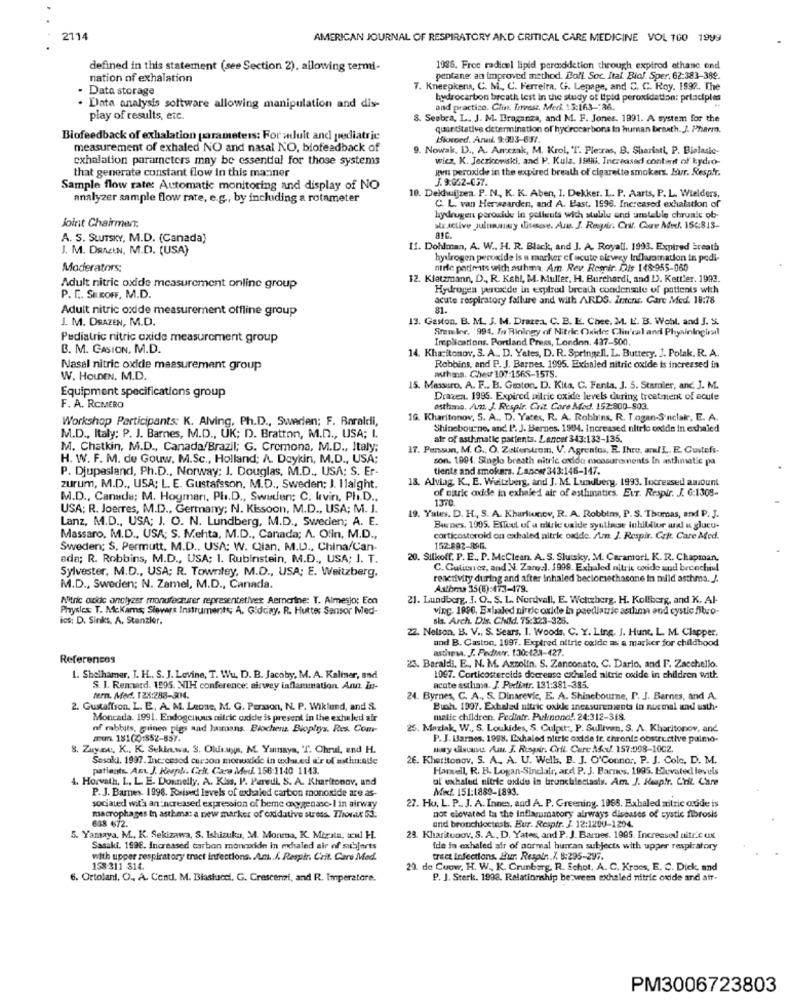
2714
AMERICAN JOURNAL OF RESPIRATORY AND CRITICAL CARE MEDICINE VOL 100 1999
defined in this statement (see Section 2), allowing termi-
1986. Free radical lipid pereddetion through expired ethane end
nation of exhalation
pentane: an improved method. Boll. Soc. Ital. Biol. Sper, 62-383-389.
Data storage
7. Kneegkens, C. M ., C. Ferreira, G. Lepage, and C. C. Roy. 1992. The
hydrocarbon breath test in the study of Upid peroxidation: prtaciples
· Data analysis software allowing manipulation and dis-
and practice. Clin. Invest. Meri. 13:163 -: 86.
play of results, etc.
. Seebra, L. J. M. Braganza, and M. F. Jones. 1991. A system for the
quantitative determination of hydrocarbons in human branth. J. Pharm.
Biofeedback of exhalation parameters: For adult and pediatric
Bioveed. Anul 9:393-637.
measurement of exhaled NO and nasal NO, biofeedback of
. Nowak, D ., A. Amczak, M. Krol, T. Plecras, B. Shariatt, P. Blalasic-
exhalation parameters may be essential for those systems
wicz, K. Jeczkowski, and P. Kula. 1996. Increased content of kydro-
that generate constant flow in this manner
gen: peroxide in the expired breath of cigarette smokers. Hur. Respir.
F. 9:052-037.
Sample flow rate: Automatic monitoring and display of NO
analyzer sample flow rate, e.g ., by including a rotameter
10. Delhuijzen. P. N. K. K. Aben, I. Dekker. L. P. Aarts, P. L. Wielders.
C. L. van Herwaarden, and A. L'ast. 1596. Increased exhalation of
hydrogen peroxide in pellents wich stublu and umtable chruatt ob-
Joint Chairmen.
xx .active julunakry disesse. An. J. Rouir. Crf. Cure Mr. 156:813-
A. S. SLUTSKY, M.D. (Canada)
J. M. DRAIN, M.D. (USA)
11. Dohlman, A. W .. H. R. Black, and J. A. Royall. 1993. Expired breath
hydrogen peroxide is a marker ef acute eirwey Inflamation in pedi-
Moderators:
nirle pedimits wich auhma. Am. Rev. Remir. Die 148-955-060
12. Klatzmann, D ., R. Kehl, M. Muller, H. Burchardi, and I). Kettler. 1993.
Adult nitric oxide measurement online group
Hydrogen peroxide in explnu breath condensate of patients with
P. E. SEROFF, M.D.
acute respiratory failure and with ARDS. Intens. Care Med. 18:78
Adult nitric oxide measurement offline group
81.
J. M. OSAZEN, M.D.
13. Gaston. B. M. J. M. Drazea. C. B. E. Chee. M. E. B. Wohl, and J. S.
Sramler. '994. In Biology of Nitric Oxide: Clin'cal and Physiningirl
Pediatric nitric oxide measurement group
Implications. Portland Press, London. 437-500.
B. M. CASION, M.D.
14. Khacitonov, S. A .. D. Yates, D. R. Springell. L. Buttery. J. Polak. R. A.
Nasal nitric oxide measurement group
Robbins, and P. J. Barnes, 1995. Excialed nitric oxide is increased in
athms. Chev 107:1565-1575.
W. HOLDEN, M.D.
Equipment specifications group
15. Massuro. A. F .. B. Gaston. D. Kita. C. Fenta, J. 5. Stamier, and. J. M.
Draven. 1995. Expired nitric oxide levels during treatment of acute
F. A. ROMERO
asthma, An. J. Respir. Cuit. Care Med. 152:800-803.
Workshop Participants: K. Alving, Ph.D ., Sweden; F. Baraldi,
16. Kharitonov, 5. A ., D. Yates, R. A. Robbins, R. T.ogan-S'nclair, E. A.
Shinebourne, and P. J. Bernes. 1994. Increased nitric oxide in exhaled
M.D ., Italy; P. J. Barnes, M.D ., UK; D. Bratton, M.D ., USA; L
atr of asthmatic patients. Lancet 343:133-135.
M. Chatkin, M.D ., Canada/Brazil; G. Cremona, M.D ., Italy;
17. Pensoun, M. G ., O. Zallerstrom, V. Agreatos, E. Ihre, w/L. E. Gustefs-
H. W. F. M. de Gouw, M.Sc ., Holland; A. Doykin, M.D ., USA;
son. 1994. Single breath nitric oxide measurements In asthmatic pa
P. Djupasland, Ph.D ., Norway: 1. Douglas, M.D ., USA: S. Er-
tients and smokers. Lancet 343:146-147.
18. Alviag. K ., E. Weltzberg, and J. M. Lundberg. 1993. Increased amount
zurum, M.D ., USA: L. E. Gustafsson, M.D ., Sweden; J. Ilaight.
of nitric oxide in exhale d air of asthmatics. ELT. Respir. J. 6:1308-
M.D ., Canada; M. Hogman, Ph.D ., Swuden; C. kevin, Ph.D ..
1370
USA; R. Joerres, M.D ., Germany; N. Kissoon, M.D ., USA; M. J.
Lanz, M.D ., USA; J. O. N. Lundberg, M.D ., Sweden; A. E.
19. Yates. D. H ., S. A. Kharlinov, R. A. Robbim, P. S. Thomas, and P. J.
Burnes. 1995. Effect of a nitric oxide syulinde inhibitor and & gluco-
Massaro, M.D ., USA; S. Mehta, M.D ., Canada; A. Olin, M.D .,
corticosteroid on exhaled nitric oxide. Am. J. Respir. Cokt. Care Med.
Sweden: S. Permutt. M.D ., USA: W. Qian, M.D ., China/Can-
152-892-896.
ade; R. Robbins, M.D ., USA; 1. Rubinstein, M.D ., USA; J. T.
20. Silkoff. P. E ., P. McClean. A. S. Slutsky, M. Caramori, K. R. Chapman,
C. Gulicnez, and N. Zarge. 1998. Exhaled nitric code und becochiul
Sylvester, M.D ., USA; R. Townley, M.D ., USA; E. Weitzberg,
reactivity during and after inhaled becloriechasone in milld asthma. J.
M.D ., Sweden; N. Zamel, M.D ., Canada.
Asthma 35(6):473-479.
Nitric oxide anetyzer manufacturer representatives Aemarine: T. Almesjo: Eon
21. Lundberg, J. O ., S. L. Nordvall, E. Weltzberg. H. Kollberg, and K. Al-
Physics: T. McKams; Sievers Instruments; A. Gidciay. R. Hutte: Sensor Med-
vinc. 1896. Exbaled nirec oxide in paediatric asthma and cystic Sbro-
ios: D. Sinks, A. Stenzier.
sis. Arch. Dis. Child. 75:323-326.
22. Nelson. B. V ., S. Sears, I. Woods. C. Y. Ling. J. Hunt, L. M. Clapper.
and B. Caston, 1997. Expired altrie oxide as a marker for childhood
asthew. J. Pediatr. 130:123-427.
References
23. Baraldi, E .. N. M. Azolin. S. Zanconato, C. Dario, and F. Zacchello.
1. Shelhamer, J. H ., S. J. Lavine, T. Wu. D. B. Jacoby, M. A. Kaltner, and
1047. Corticosteroids decrease exhaled nitric oxide in children with.
S. I. Rennerd. 1595. NIH conference: airway inflammation. Ann. Is-
acute astlimon. J. Pediatr. 131:381-385.
fern. Med. 128:288-304.
24. Byrnes, C. A ., S. Dinarevic, E. A. Shinebourne, P. J. Barnes, and A.
2. Gustaffson, L. E, A. M. Leone, M. G. Person, N. P. Wiklund, and S.
Buah. 1997. Extalad nitric oxide zneasurements in nocmal und usthe
Moncada. 1991. Endogenous nitric oxide is present in the exhaled air
matic children. Pediatr. Puknono !. 24:312-318.
nf mbbits, guinea pigs and humans. Blocher. Bioplys. Res. Com-
25. Marlak, W ., S. Loukides, S. Culpit :, P. Sullivan, S. A. Kharitonov, and
aura. 181(20:852-857.
P. J. Barnes. 1998. Exhaled nitric oxide fr. chronis obstructive pulmo-
8. Zuyou, K .. K. Sekla.wa. S. Olddays, M. Yamnaya, T. Chrui, end H.
muy duuuu. Am. J. Rispir. Gril. Cure Auf. 157:008-10CZ.
Sesakl. 1997. Inc:cesed carson monoxide in excused u'r of mathnade
26. Khetitonov. S. A. A. U. Wells. B. J. O'Connor. P. J. Cole. D. M.
patients. Ant. J. Respl. Crit. Care Med. 156:1140 1143.
Harwell, R. H. Logan-Sinclair, ard P. J. Barnes. 1995. Elevated levels
4. Horvath, L. L. E. Donnelly. A. Kiss. P. Paredi, S. A. Kharitonov, und
al exhaled nitric oxide in brunchlectasis. Am. J. Hauptr. Cril. Care
Med. 151:1889-1893.
P. J. Barnes 1998. Raised levels of exhaled carbon monoxide are as-
socialed with an :ncreased expression of beme oxygenasc- I in airway
27. Ho. L. P. J. A. Innes, and A. P. Greening, 1998. Exbaled nitric oxide is
638 672.
macrophages in asthma: a new marker of oxidative stress. Thorax 5d.
not elevated la the inflammatory airways diseases of cystic fibrosis
and bronchloctest. Eur. Respir. J. 12:1200-1204.
5. Yaraya, M ., K. Sekizawa, S. Ishizuka, M. Monma, K. Mizala, Nİ H.
29. Kharitonov, S. A ., D. Yates, and P. J. Barnes. 1995. Increased nitric ax
Sasaki. 1998. Increased carbon moncadidn in exhaled air of subjects
Ide in exhaled air of normal burran subjects with upper respiratory
with upper respiratory tract infections. Am .. /. Respir Crit. Care Med.
tract infections, Bur. Respin.7. 8:295-297.
158:311 814.
20. de Coow, H. W ., K. Crunbarg. R. Schot, A. C. Kroes, E. C. Dick, and
6. Ortolani. O ., A. Cend. M. Biastucci. G. Crescenzi, and R. Imperatore.
P. J. Sterk. 1998. Relationship between exhaled nitric oxide and air-
PM3006723803